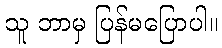
သူ ဘာမှ ပြန်မပြောပါ။